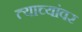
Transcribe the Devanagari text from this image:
त्याच्यांवर